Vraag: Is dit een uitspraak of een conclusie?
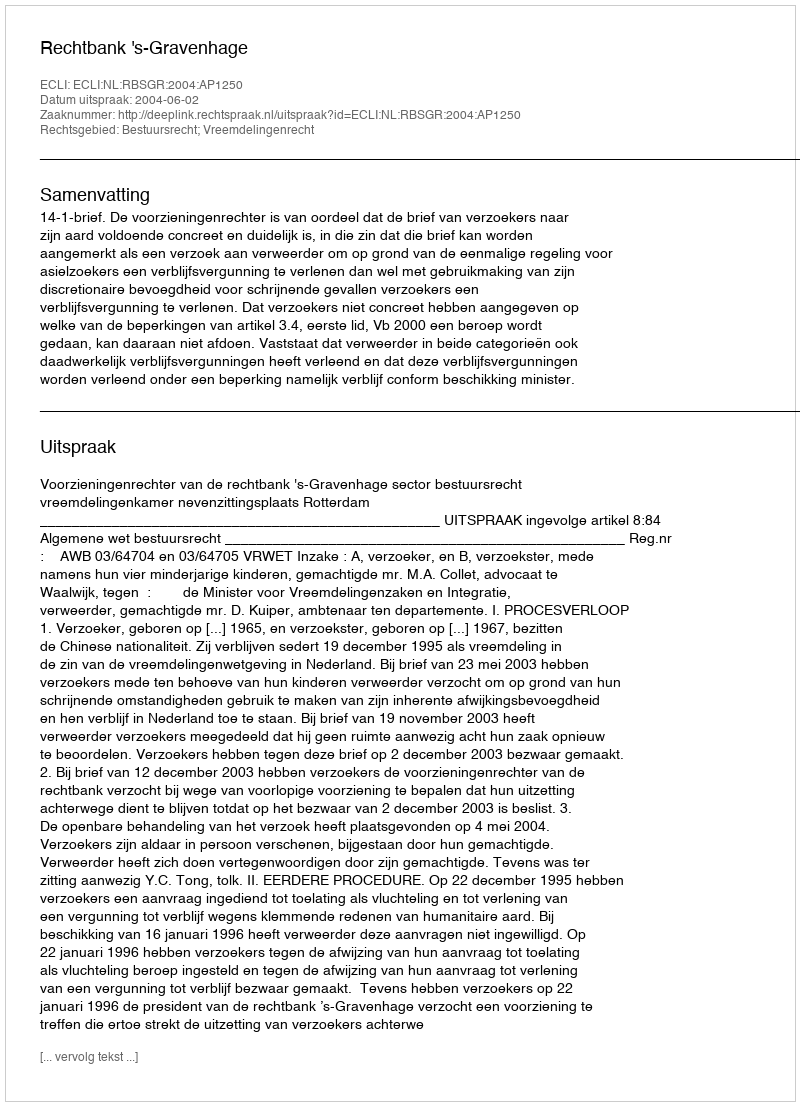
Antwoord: Uitspraak